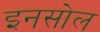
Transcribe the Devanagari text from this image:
इनसोल